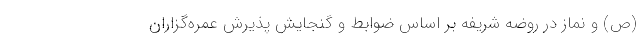
(ص) و نماز در روضه شریفه بر اساس ضوابط و گنجایش پذیرش عمره‌گزاران